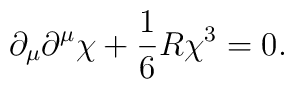
\partial_\mu\partial^\mu\chi+\frac{1}{6}R\chi^3=0.